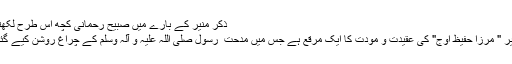
ذکر منیر کے بارے میں صبیح رحمانی کچھ اس طرح لکھتے ہیں:
'ذکر منیر " مرزا حفیظ اوج" کی عقیدت و مودت کا ایک مرقع ہے جس میں مدحت ِ رسول صلی اللہ علیہ و آلہ وسلم کے چراغ روشن کیے گئے ہیں ۔